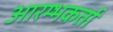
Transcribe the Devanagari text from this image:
आरम्भकर्ता